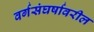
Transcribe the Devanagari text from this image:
वर्गसंघर्षावरील